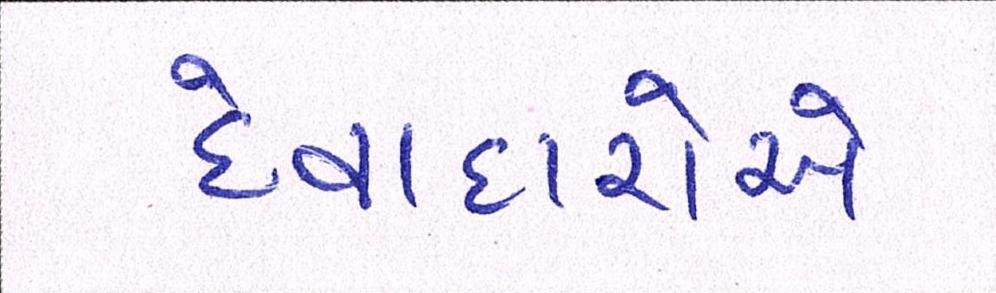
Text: દેવાદારોએ